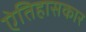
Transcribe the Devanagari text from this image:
ऐतिहासकार